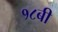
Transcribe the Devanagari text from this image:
१८बी